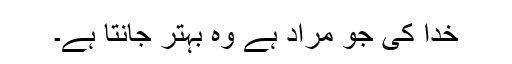
خدا کی جو مراد ہے وہ بہتر جانتا ہے۔